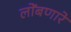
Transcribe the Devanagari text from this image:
लोंबणारे